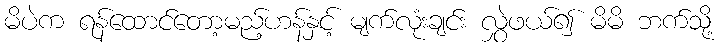
မိပဲက ရန်ထောင်တော့မည့်ဟန်နှင့် မျက်လုံးချင်း လွှဲဖယ်၍ မိမိ ဘက်သို့